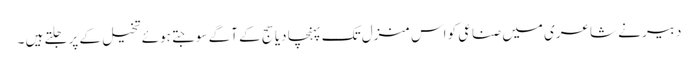
دبیر نے شاعری میں صناعی کو اس منزل تک پہنچا دیا سج کے آگے سوجتے ہوئے تخیل کے پر جلتے ہیں ۔